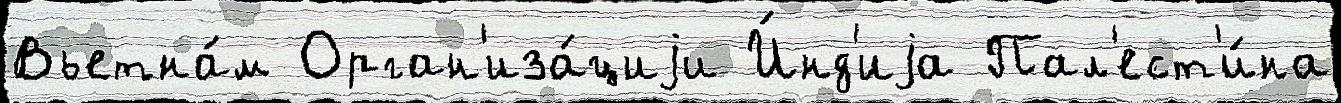
Вьетна́м Орган'иза́циjи И́нд'иjа Пал'ест'и́на